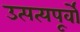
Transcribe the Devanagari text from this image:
उत्पत्यपूर्वो